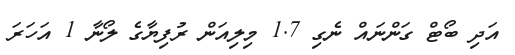
އަދި ބޯޓް ގަންނައް ނެގި 1.7 މިލިއަން ރުފިޔާގެ ލޯނާ 1 އަހަރަ